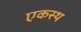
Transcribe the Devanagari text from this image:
एकस्थ